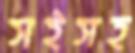
সইসহ